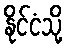
နိုင်ငံသို့